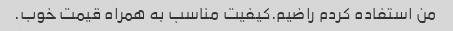
من استفاده کردم راضیم.کیفیت مناسب به همراه قیمت خوب.